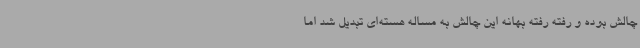
چالش بوده و رفته رفته بهانه این چالش به مساله هسته‌ای تبدیل شد اما